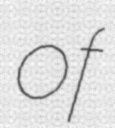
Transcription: of